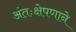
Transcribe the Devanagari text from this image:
अंतःक्षेपणाने